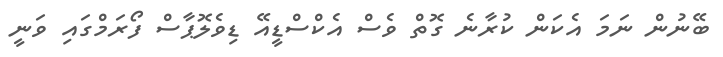
ބޭނުން ނަމަ އެކަން ކުރާނެ ގޮތް ވެސް އެކްސްޑީއޭ ޑިވެލޮޕާސް ފޯރަމްގައި ވަނީ